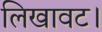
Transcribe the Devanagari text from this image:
लिखावट।